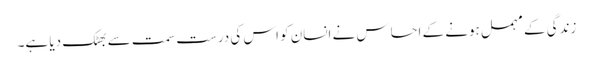
زندگی کے مہمل ہونے کے احساس نے انسان کو اس کی درست سمت سے بھٹک دیا ہے۔